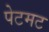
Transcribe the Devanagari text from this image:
पेटमट